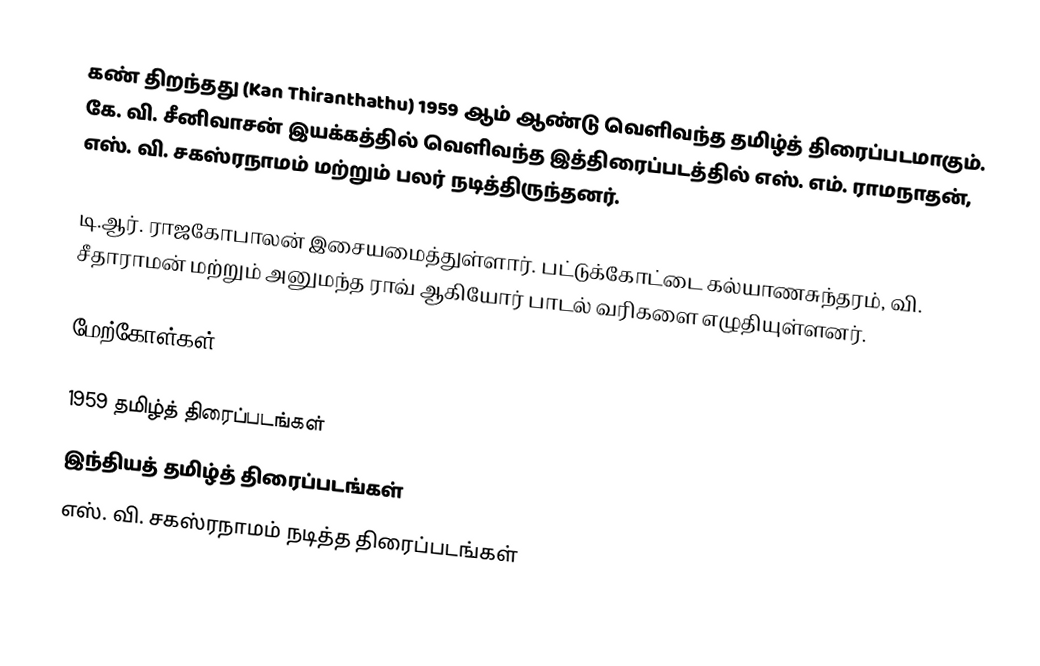
கண் திறந்தது (Kan Thiranthathu) 1959 ஆம் ஆண்டு வெளிவந்த தமிழ்த் திரைப்படமாகும். கே. வி. சீனிவாசன் இயக்கத்தில்   வெளிவந்த இத்திரைப்படத்தில் எஸ். எம். ராமநாதன், எஸ். வி. சகஸ்ரநாமம் மற்றும் பலர் நடித்திருந்தனர்.

டி.ஆர்.  ராஜகோபாலன் இசையமைத்துள்ளார். பட்டுக்கோட்டை கல்யாணசுந்தரம், வி. சீதாராமன் மற்றும் அனுமந்த ராவ் ஆகியோர் பாடல் வரிகளை எழுதியுள்ளனர்.

மேற்கோள்கள்

1959 தமிழ்த் திரைப்படங்கள்
இந்தியத் தமிழ்த் திரைப்படங்கள்
எஸ். வி. சகஸ்ரநாமம் நடித்த திரைப்படங்கள்